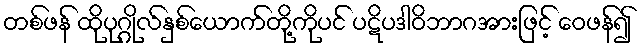
တစ်ဖန် ထိုပုဂ္ဂိုလ်နှစ်ယောက်တို့ကိုပင် ပဋိပဒါဝိဘာဂအားဖြင့် ဝေဖန်၍